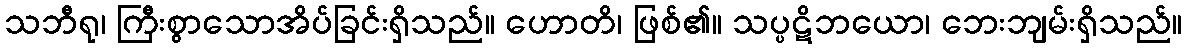
သဘီရု၊ ကြီးစွာသောအိပ်ခြင်းရှိသည်။ ဟောတိ၊ ဖြစ်၏။ သပ္ပဋိဘယော၊ ဘေးဘျမ်းရှိသည်။